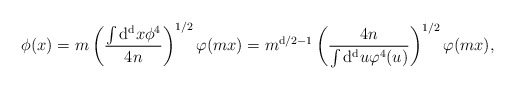
\begin{align*}\phi ( x ) = m \left({ \int {\rm d^d} x \phi^4 \over 4n} \right)^{1/2} \varphi ( m x ) = m^{ {\rm d}/2 -1} \left( {4n \over \int {\rm d^d} u \varphi^4 (u) }\right)^{1/2} \varphi ( m x ),\end{align*}